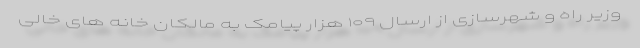
وزیر راه و شهرسازی از ارسال ۱۰۹ هزار پیامک به مالکان خانه های خالی